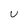
Character: U